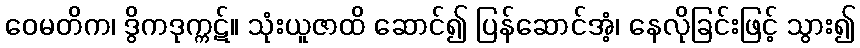
ဝေမတိက၊ ဒွိကဒုက္ကဋ်။ သုံးယူဇာထိ ဆောင်၍ ပြန်ဆောင်အံ့၊ နေလိုခြင်းဖြင့် သွား၍